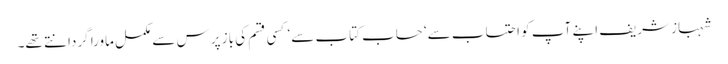
شہباز شریف اپنے آپ کو احتساب سے‘ حساب کتاب سے‘ کسی قسم کی باز پرس سے مکمل ماورا گردانتے تھے۔